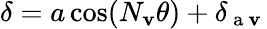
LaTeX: \delta=a\cos(N_{\mathbf{v}}\theta)+\delta_{\mathrm{{~a~\mathbf{v}~}}}